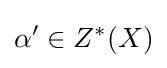
\alpha '\in Z^{*}(X)